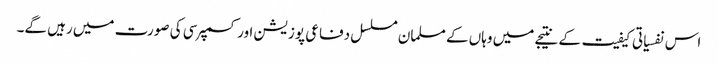
اس نفسیاتی کیفیت کے نتیجے میں وہاں کے مسلمان مسلسل دفاعی پوزیشن اور کسمپرسی کی صورت میں رہیں گے۔